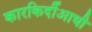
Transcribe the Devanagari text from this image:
कारकिर्दीआधी